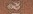
&